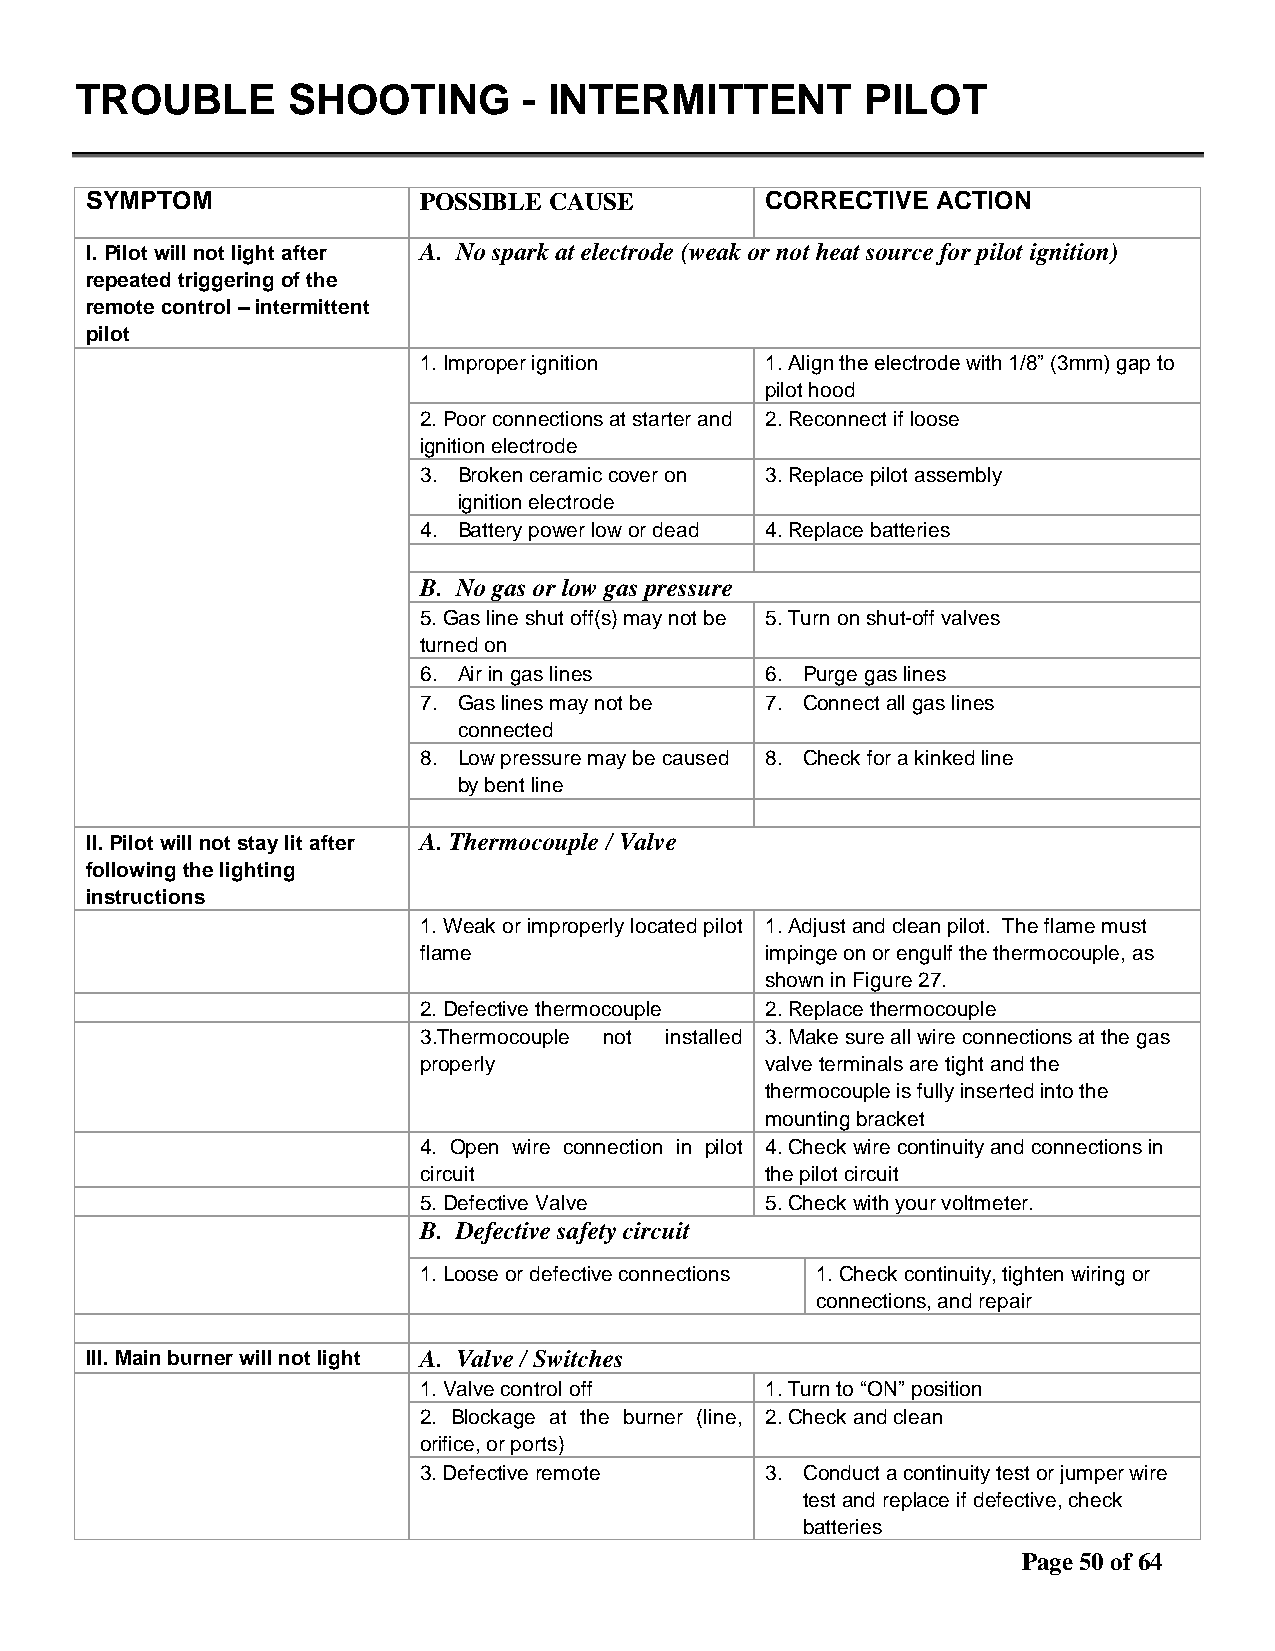
TROUBLE       SHOOTING        - INTERMITTENT        PILOT
 SYMPTOM               POSSIBLE CAUSE         CORRECTIVE ACTION
 I. Pilot will not light after A. No spark at electrode (weak or not heat source for pilot ignition)
 repeated triggering of the
 remote control – intermittent
 pilot
 1. Improper ignition   1. Align the electrode with 1/8” (3mm) gap to
 pilot hood
 2. Poor connections at starter and 2. Reconnect if loose
 ignition electrode
 3. Broken ceramic cover on 3. Replace pilot assembly
 ignition electrode
 4. Battery power low or dead 4. Replace batteries
 B. No gas or low gas pressure
 5. Gas line shut off(s) may not be 5. Turn on shut-off valves
 turned on
 6. Air in gas lines    6. Purge gas lines
 7. Gas lines may not be 7. Connect all gas lines
 connected
 8. Low pressure may be caused 8. Check for a kinked line
 by bent line
 II. Pilot will not stay lit after A. Thermocouple / Valve
 following the lighting
 instructions
 1. Weak or improperly located pilot 1. Adjust and clean pilot. The flame must
 flame                  impinge on or engulf the thermocouple, as
 shown in Figure 27.
 2. Defective thermocouple 2. Replace thermocouple
 3.Thermocouple not installed 3. Make sure all wire connections at the gas
 properly               valve terminals are tight and the
 thermocouple is fully inserted into the
 mounting bracket
 4. Open wire connection in pilot 4. Check wire continuity and connections in
 circuit                the pilot circuit
 5. Defective Valve     5. Check with your voltmeter.
 B. Defective safety circuit
 1. Loose or defective connections 1. Check continuity, tighten wiring or
 connections, and repair
 III. Main burner will not light A. Valve / Switches
 1. Valve control off   1. Turn to “ON” position
 2. Blockage at the burner (line, 2. Check and clean
 orifice, or ports)
 3. Defective remote    3. Conduct a continuity test or jumper wire
 test and replace if defective, check
 batteries
 Page 50 of 64